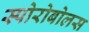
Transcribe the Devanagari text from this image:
स्पोरोबोलस